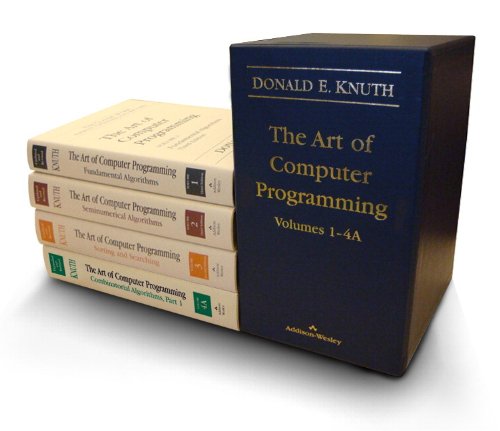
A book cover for The Art of Computer Programming, Volumes 1-4A Boxed Set; Donald E. Knuth; Computers & Technology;